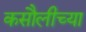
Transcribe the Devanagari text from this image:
कसौलीच्या